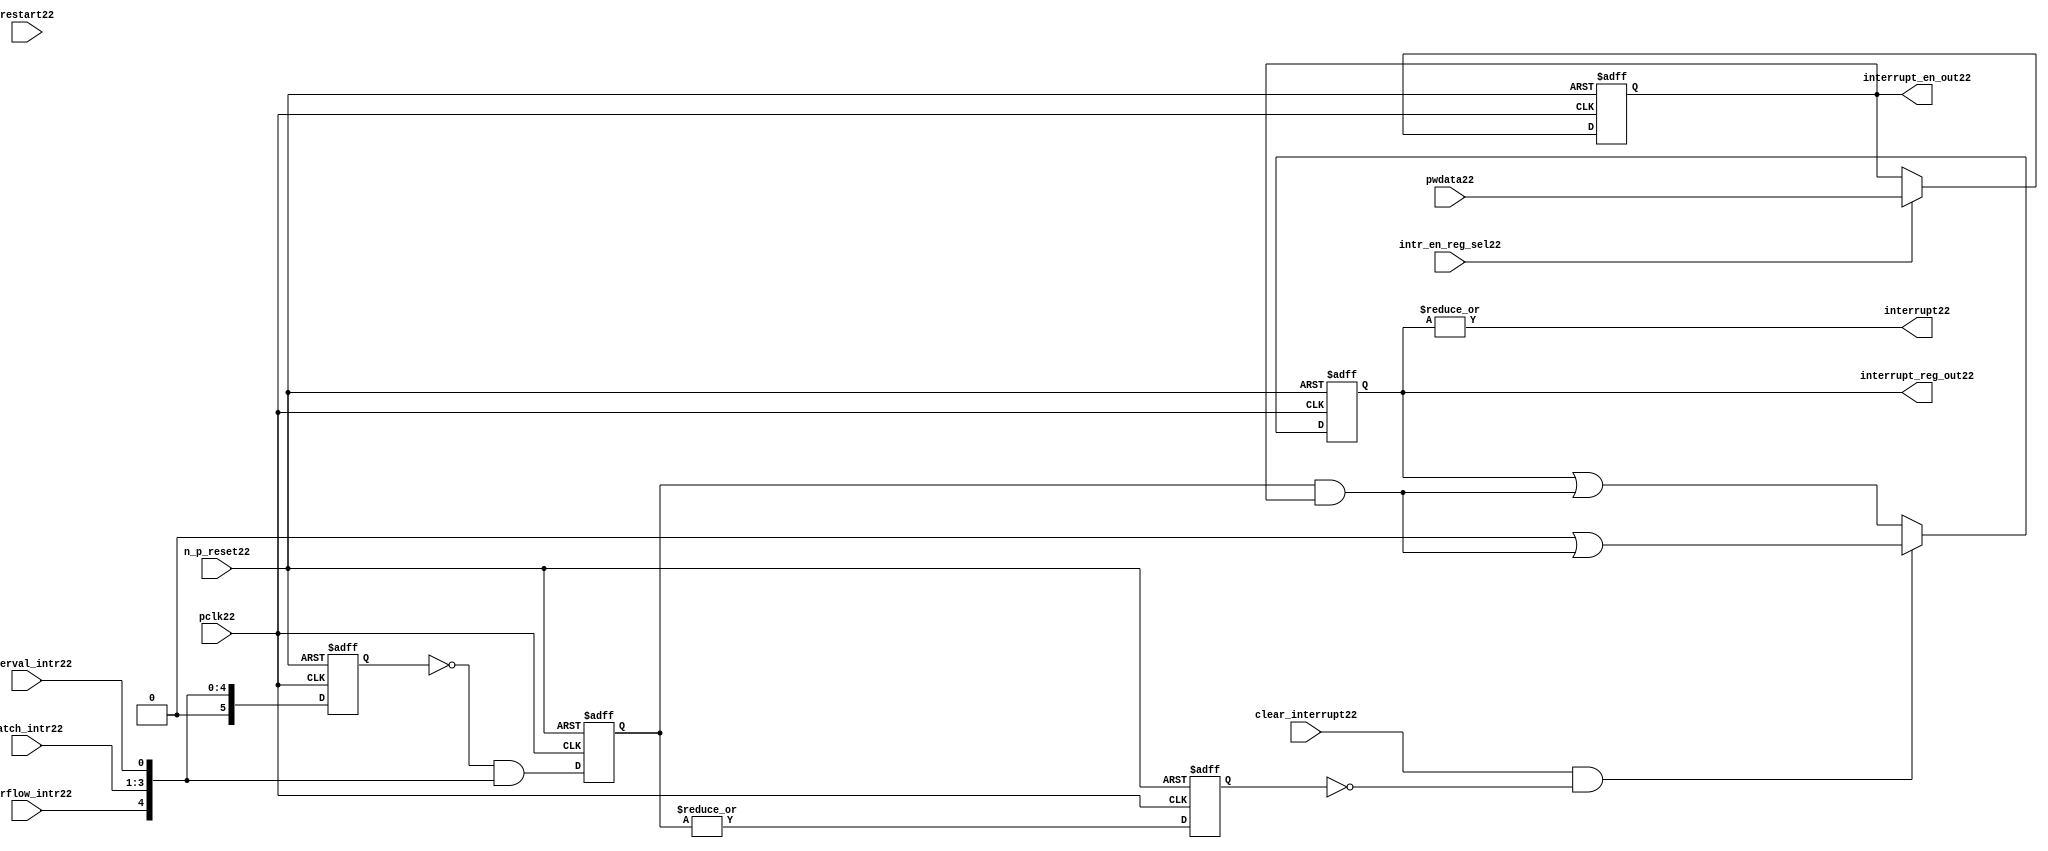
//File22 name   : ttc_interrupt_lite22.v
//Title22       : 
//Created22     : 1999
//Description22 : Interrupts22 from the counter modules22 are registered
//              and if enabled cause the output interrupt22 to go22 high22.
//              Also22 the match122 interrupts22 are monitored22 to generate output 
//Notes22       : 
//----------------------------------------------------------------------
//   Copyright22 1999-2010 Cadence22 Design22 Systems22, Inc22.
//   All Rights22 Reserved22 Worldwide22
//
//   Licensed22 under the Apache22 License22, Version22 2.0 (the
//   "License22"); you may not use this file except22 in
//   compliance22 with the License22.  You may obtain22 a copy of
//   the License22 at
//
//       http22://www22.apache22.org22/licenses22/LICENSE22-2.0
//
//   Unless22 required22 by applicable22 law22 or agreed22 to in
//   writing, software22 distributed22 under the License22 is
//   distributed22 on an "AS22 IS22" BASIS22, WITHOUT22 WARRANTIES22 OR22
//   CONDITIONS22 OF22 ANY22 KIND22, either22 express22 or implied22.  See
//   the License22 for the specific22 language22 governing22
//   permissions22 and limitations22 under the License22.
//----------------------------------------------------------------------
 


//-----------------------------------------------------------------------------
// Module22 definition22
//-----------------------------------------------------------------------------

module ttc_interrupt_lite22(

  //inputs22
  n_p_reset22,                             
  pwdata22,                             
  pclk22,
  intr_en_reg_sel22, 
  clear_interrupt22,                   
  interval_intr22,
  match_intr22,
  overflow_intr22,
  restart22,

  //outputs22
  interrupt22,
  interrupt_reg_out22,
  interrupt_en_out22
  
);


//-----------------------------------------------------------------------------
// PORT DECLARATIONS22
//-----------------------------------------------------------------------------

   //inputs22
   input         n_p_reset22;            //reset signal22
   input [5:0]   pwdata22;               //6 Bit22 Data signal22
   input         pclk22;                 //System22 clock22
   input         intr_en_reg_sel22;      //Interrupt22 Enable22 Reg22 Select22 signal22
   input         clear_interrupt22;      //Clear Interrupt22 Register signal22
   input         interval_intr22;        //Timer_Counter22 Interval22 Interrupt22
   input [3:1]   match_intr22;           //Timer_Counter22 Match22 1 Interrupt22 
   input         overflow_intr22;        //Timer_Counter22 Overflow22 Interrupt22 
   input         restart22;              //Counter22 restart22

   //Outputs22
   output        interrupt22;            //Interrupt22 Signal22 
   output [5:0]  interrupt_reg_out22;    //6 Bit22 Interrupt22 Register
   output [5:0]  interrupt_en_out22; //6 Bit22 Interrupt22 Enable22 Register


//-----------------------------------------------------------------------------
// Internal Signals22 & Registers22
//-----------------------------------------------------------------------------

   wire [5:0]   intr_detect22;          //Interrupts22 from the Timer_Counter22
   reg [5:0]    int_sync_reg22;         //6-bit 1st cycle sync register
   reg [5:0]    int_cycle_reg22;        //6-bit register ensuring22 each interrupt22 
                                      //only read once22
   reg [5:0]    interrupt_reg22;        //6-bit interrupt22 register        
   reg [5:0]    interrupt_en_reg22; //6-bit interrupt22 enable register
   

   reg          interrupt_set22;        //Prevents22 unread22 interrupt22 being cleared22
   
   wire         interrupt22;            //Interrupt22 output
   wire [5:0]   interrupt_reg_out22;    //Interrupt22 register output
   wire [5:0]   interrupt_en_out22; //Interrupt22 enable output


   assign interrupt22              = |(interrupt_reg22);
   assign interrupt_reg_out22      = interrupt_reg22;
   assign interrupt_en_out22       = interrupt_en_reg22;
   
   assign intr_detect22 = {1'b0,
                         overflow_intr22,  
                         match_intr22[3],  
                         match_intr22[2], 
                         match_intr22[1], 
                         interval_intr22};

   

// Setting interrupt22 registers
   
   always @ (posedge pclk22 or negedge n_p_reset22)
   begin: p_intr_reg_ctrl22
      
      if (!n_p_reset22)
      begin
         int_sync_reg22         <= 6'b000000;
         interrupt_reg22        <= 6'b000000;
         int_cycle_reg22        <= 6'b000000;
         interrupt_set22        <= 1'b0;
      end
      else 
      begin

         int_sync_reg22    <= intr_detect22;
         int_cycle_reg22   <= ~int_sync_reg22 & intr_detect22;

         interrupt_set22   <= |int_cycle_reg22;
          
         if (clear_interrupt22 & ~interrupt_set22)
            interrupt_reg22 <= (6'b000000 | (int_cycle_reg22 & interrupt_en_reg22));
         else 
            interrupt_reg22 <= (interrupt_reg22 | (int_cycle_reg22 & 
                                               interrupt_en_reg22));
      end 
      
   end  //p_intr_reg_ctrl22


// Setting interrupt22 enable register
   
   always @ (posedge pclk22 or negedge n_p_reset22)
   begin: p_intr_en_reg22
      
      if (!n_p_reset22)
      begin
         interrupt_en_reg22 <= 6'b000000;
      end
      else 
      begin

         if (intr_en_reg_sel22)
            interrupt_en_reg22 <= pwdata22[5:0];
         else
            interrupt_en_reg22 <= interrupt_en_reg22;

      end 
      
   end  
           


endmodule